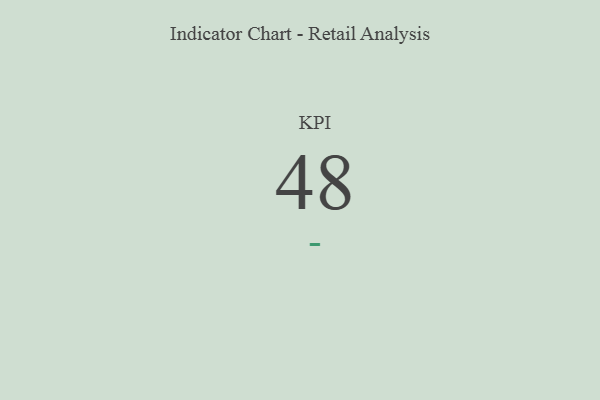
{"axis": {"x": "KPI", "y": "Value"}, "legend": [""], "data": [{"x": "KPI", "y": 48, "type": ""}]}